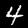
Label: 4